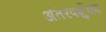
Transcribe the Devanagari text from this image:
अंतरपर्शुका